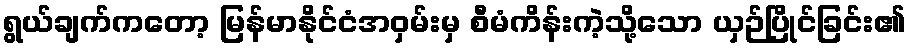
ရွယ်ချက်ကတော့ မြန်မာနိုင်ငံအဝှမ်းမှ စီမံကိန်းကဲ့သို့သော ယှဉ်ပြိုင်ခြင်း၏